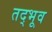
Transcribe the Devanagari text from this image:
तद्भूव